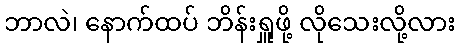
ဘာလဲ၊ နောက်ထပ် ဘိန်းရှူဖို့ လိုသေးလို့လား